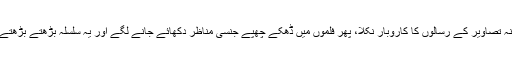
اسی معاشرے کے اخلاقی زوال کی کوکھ سے پہلے برہنہ تصاویر کے رسالوں کا کاروبار نکلا، پھر فلموں میں ڈھکے چھپے جنسی مناظر دکھائے جانے لگے اور یہ سلسلہ بڑھتے بڑھتے کئی سو ارب ڈالر کی فحش میڈیا انڈسٹری تک جا پہنچا۔